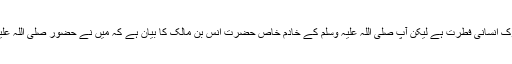
خادموں کے ساتھ شب و روز اور ہروقت کا ساتھ ہوتا ہے کوتاہی، لغزش، بھول چوک انسانی فطرت ہے لیکن آپ صلی اللہ علیہ وسلم کے خادم خاص حضرت انس بن مالک کا بیان ہے کہ میں نے حضور صلی اللہ علیہ وسلم کی دس سال خدمت کی، لیکن کبھی اُف تک آپ صلی اللہ علیہ وسلم نہیں کہا۔